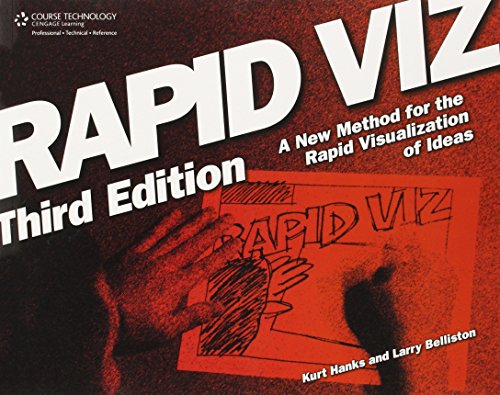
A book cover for Rapid Viz: A New Method for the Rapid Visualitzation of Ideas; Kurt Hanks; Arts & Photography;